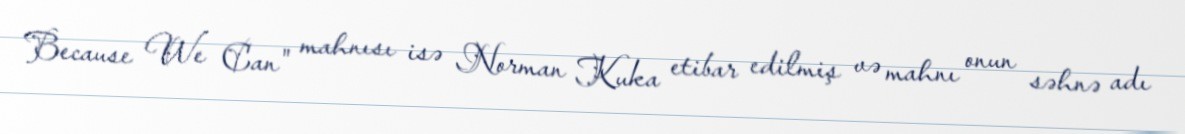
Because We Can" mahnısı isə Norman Kuka etibar edilmiş və mahnı onun səhnə adı